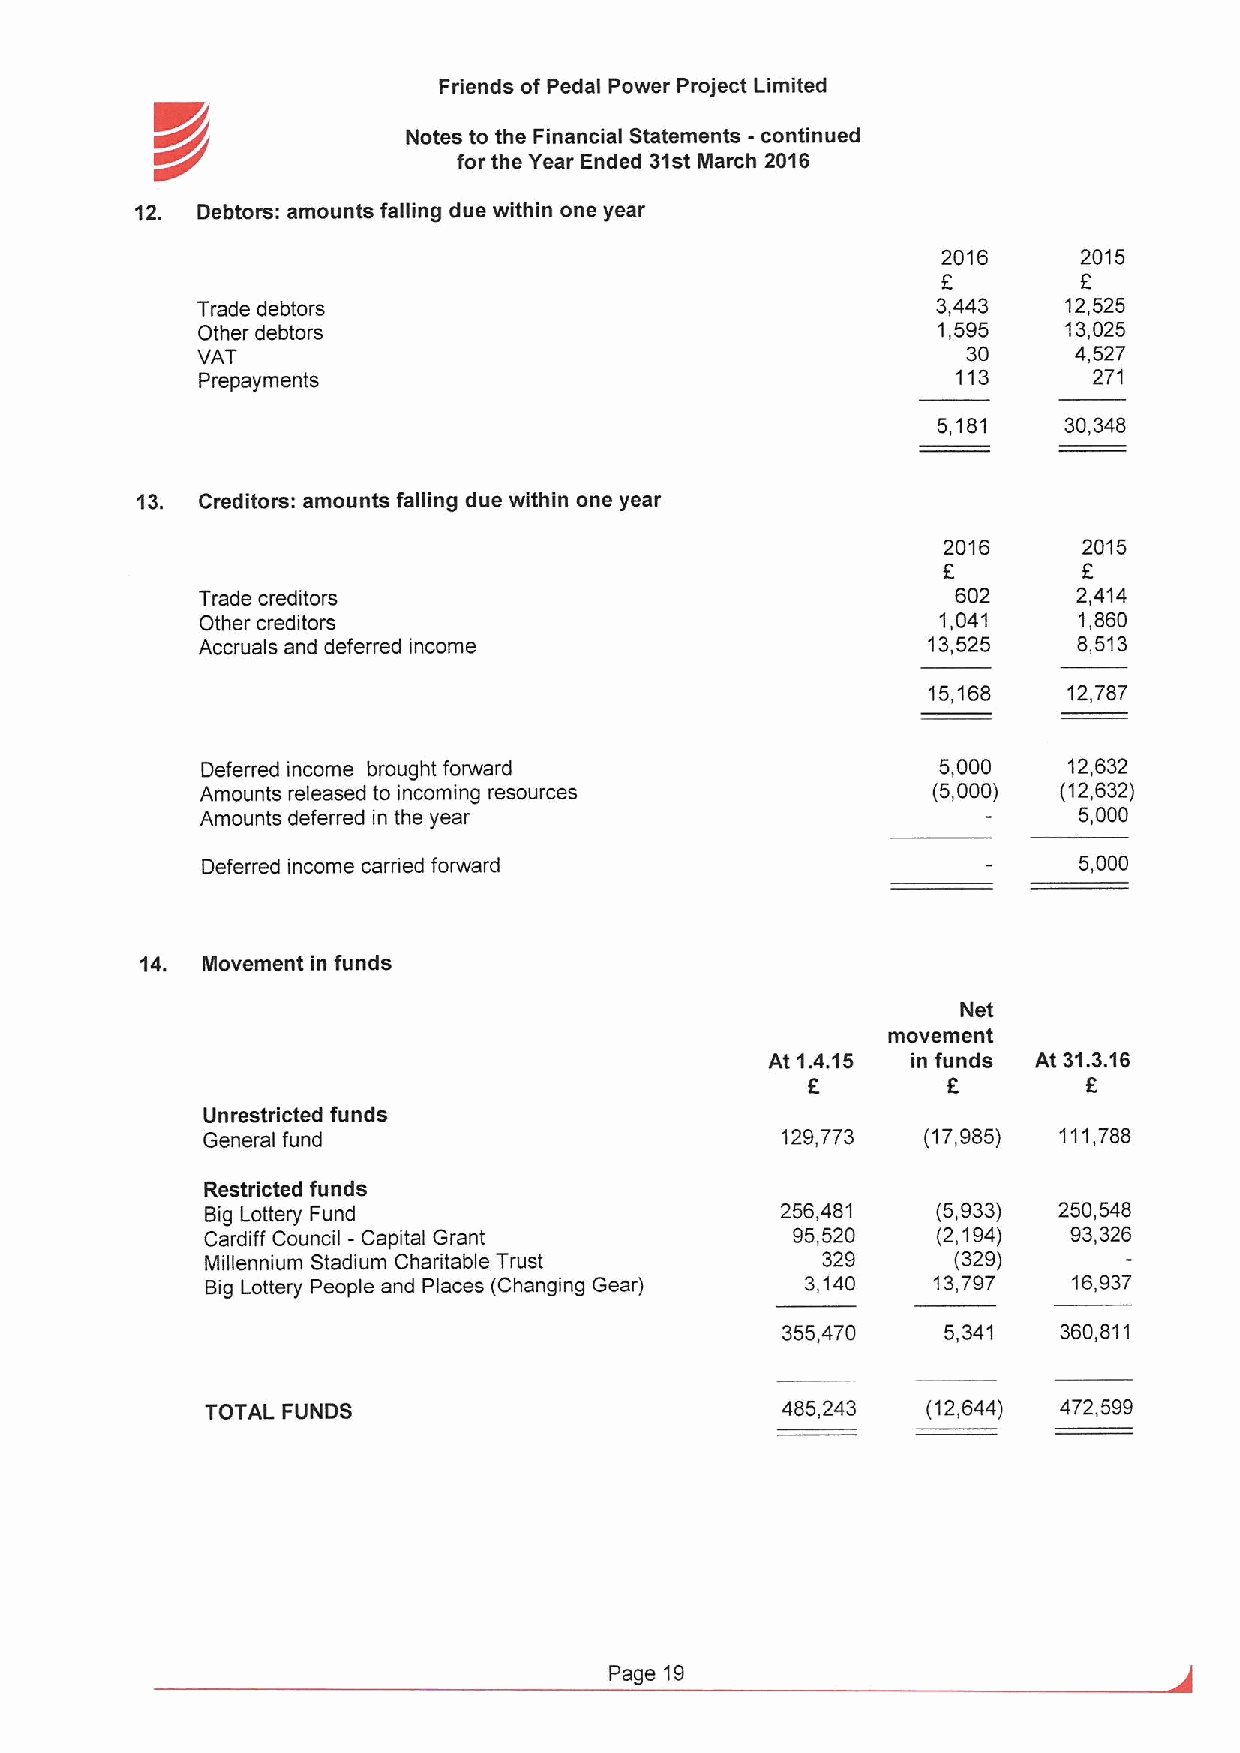
Friends of Pedal Power Project Limited
 K//              Notes to the Financial Statements -continued
 for the Year Ended 31st March 2016
 12. Debtors: amounts falling due within one year
 2016      2015
 F
 Trade debtors                                    3,443    12,525
 Other debtors                                    1,595    13,025
 VAT                                                30     4,527
 Prepayments                                       113      271
 5,181   30,348
 13. Creditors: amounts falling due within one year
 2016      2015
 E
 Trade creditors                                   602     2,414
 Other creditors                                  1,041    1,860
 Accruals and deferred income                    13,525    8,513
 15,168    12,787
 Deferred income brought forward                  5,000    12,632
 Amounts released to incoming resources           (5,000) (12,632)
 Amounts deferred in the year                              5,000
 Deferred income carried forward                           5,000
 14. Movement in funds
 Net
 movement
 At 1.4.15 in funds At 31.3.16
 E         F        E
 Unrestricted funds
 General fund                           129,773  (17,985) 111,788
 Restricted funds
 Big Lottery Fund                      256,481   (5,933) 250,548
 Cardiff Council - Capital Grant       95,520    (2,194)  93,326
 Millennium Stadium Charitable Trust     329      (329)
 Big Lottery People and Places (Changing Gear) 3,140 13,797 16,937
 355,470    5,341  360,811
 TOTAL FUNDS                           485,243  (12,644) 472,599
 Page 19